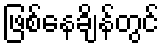
ဖြစ်နေချိန်တွင်